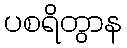
ပစရိတွာန